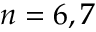
n = 6 , 7